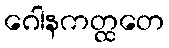
ဂေါနကတ္ထတေ